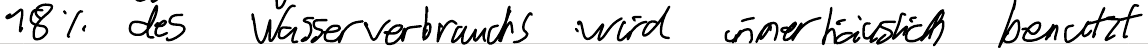
18% des Wasserverbrauchs wird innerhäuslich benutzt